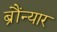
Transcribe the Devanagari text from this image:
ब्रौंन्यार